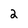
Character: 2